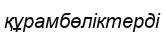
құрамбөліктерді